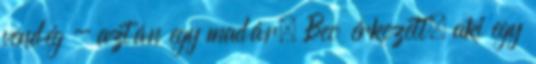
vendég - aztán egy madár, Beo érkezett, aki egy